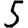
Digit: 5